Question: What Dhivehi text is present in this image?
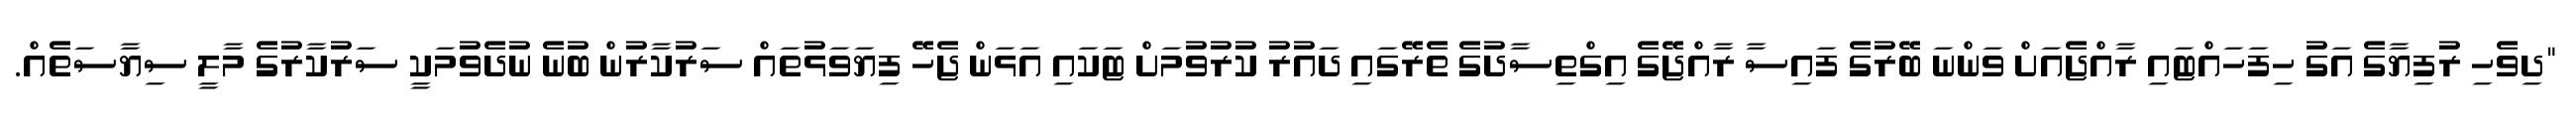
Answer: "ދިވެހި ރުފިޔާގެ އަގު ހިފަހައްޓައި ރާއްޖެއަށް ވަންނަ ބޭރުގެ ފައިސާ ރާއްޖޭގެ އިގްތިސާދުގެ ތެރޭގައި ދައުރު ކުރުވުމަށް ޓަކައި އަޅަން ޖެހޭ ފިޔަވަޅުތައް ސަރުކާރުން ބުނެ ނުދެވުމަކީ ސަރުކާރުގެ މާލީ ސިޔާސަތެއް.